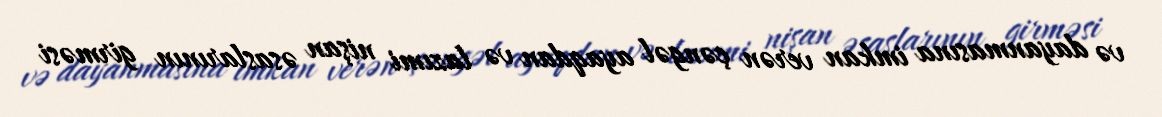
və dayanmasına imkan verən çəngəl ayaqdan və lazımi nişan əsaslarının girməsi